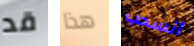
قد هذا أنسحب